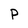
Character: P